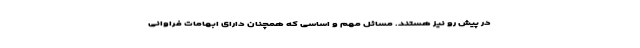
در پیش رو نیز هستند. مسائل مهم و اساسی که همچنان دارای ابهامات فراوانی